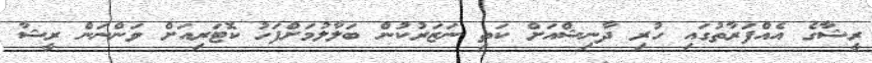
ރީޝާގެ އެއްފަރާތުުގައި ހުރި ދާނިޝްއަށް ކަތި ނަޒަރުކުން ބަލާލުުމަށްފަހު ކޮޓަރިއަށް ވަންނަން ރީޝާ